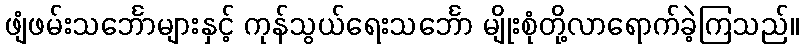
ဖျံဖမ်းသင်္ဘောများနှင့် ကုန်သွယ်ရေးသင်္ဘော မျိုးစုံတို့လာရောက်ခဲ့ကြသည်။